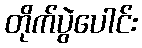
တိုက်ပွဲပေါင်း